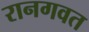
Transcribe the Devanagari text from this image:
रानगवत